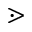
\gtrdot